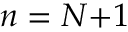
n = N { + } 1